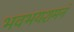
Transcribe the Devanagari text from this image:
भवभयशमनं